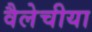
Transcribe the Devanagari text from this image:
वैलेचीया